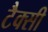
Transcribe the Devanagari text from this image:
टैक्सी